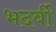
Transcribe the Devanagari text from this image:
भदर्वी